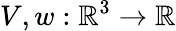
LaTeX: V,w:\mathbb{R}^{3}\to\mathbb{R}